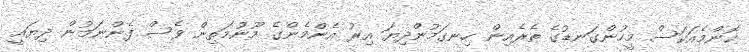
ކޮންމެއަކަސް މީހުންގަނޑުގެ ތެރެއިން ހިނގަމުންދިޔަ އިރު އެންމެންގެ މޫނުމަތިން ވެސް ފެންނަމުން ދިޔައީ